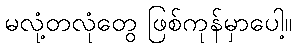
မလုံ့တလုံတွေ ဖြစ်ကုန်မှာပေါ့။